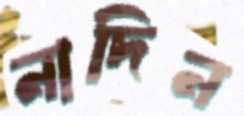
নাদিন